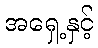
အရှေ့နှင့်